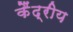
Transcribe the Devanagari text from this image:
कैंद्रीय